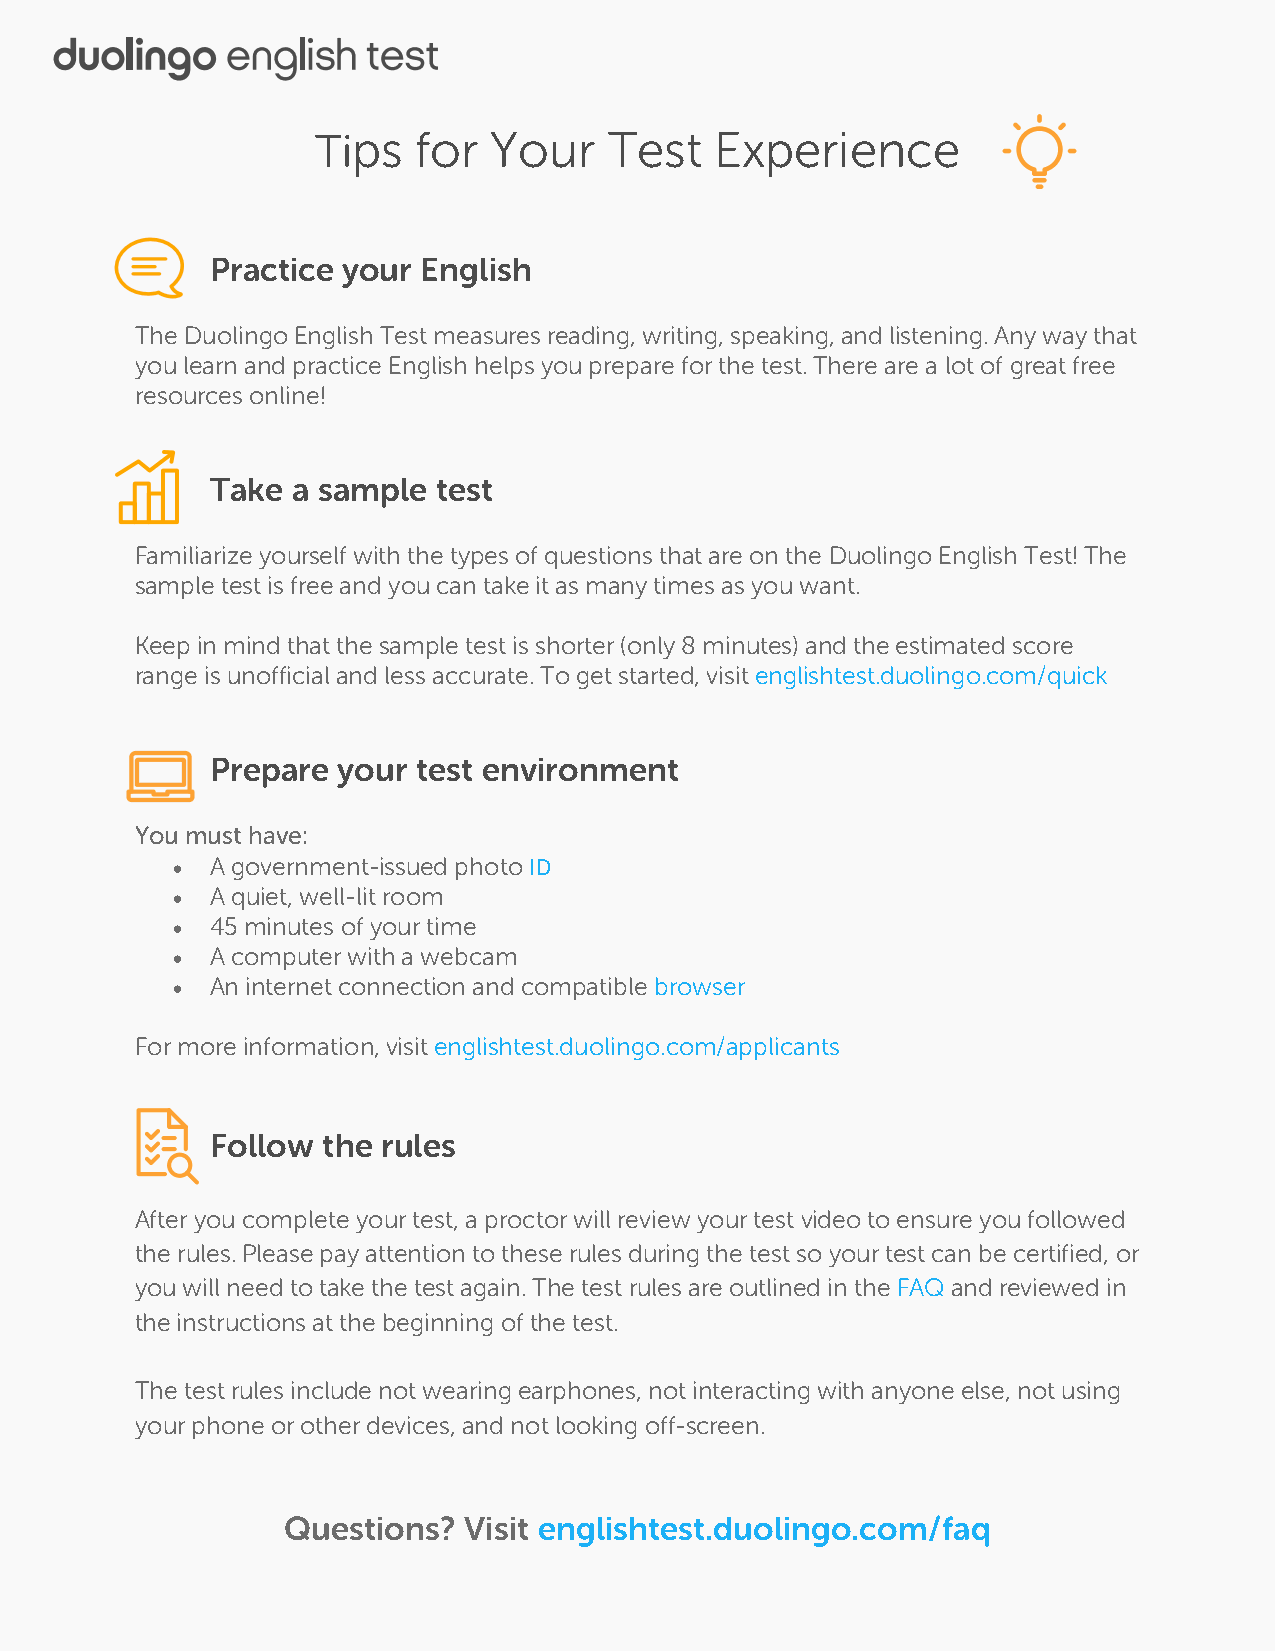
Tips   for Your    Test   Experience
 Practice your English
 The Duolingo English Test measures reading, writing, speaking, and listening. Any way that
 you learn and practice English helps you prepare for the test. There are a lot of great free
 resources online!
 Take a sample  test
 Familiarize yourself with the types of questions that are on the Duolingo English Test! The
 sample test is free and you can take it as many times as you want.
 Keep in mind that the sample test is shorter (only 8 minutes) and the estimated score
 range is unofficial and less accurate. To get started, visit englishtest.duolingo.com/quick
 Prepare your  test environment
 You must have:
 •  A government-issued photo ID
 •  A quiet, well-lit room
 •  45 minutes of your time
 •  A computer with a webcam
 •  An internet connection and compatible browser
 For more information, visit englishtest.duolingo.com/applicants
 Follow the rules
 After you complete your test, a proctor will review your test video to ensure you followed
 the rules. Please pay attention to these rules during the test so your test can be certified, or
 you will need to take the test again. The test rules are outlined in the FAQ and reviewed in
 the instructions at the beginning of the test.
 The test rules include not wearing earphones, not interacting with anyone else, not using
 your phone or other devices, and not looking off-screen.
 Questions?  Visit englishtest.duolingo.com/faq